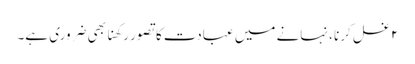
۲ غسل کرنا ، نہانے میں عبادت کا تصور رکھنا بھی ضروری ہے۔